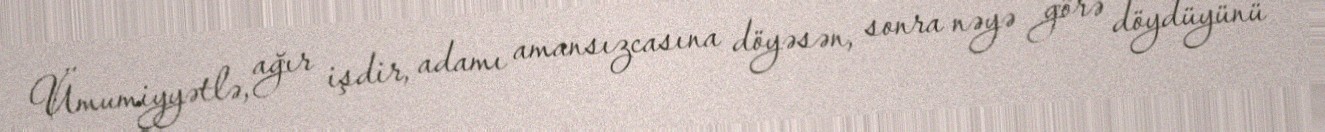
Ümumiyyətlə, ağır işdir, adamı amansızcasına döyəsən, sonra nəyə görə döydüyünü